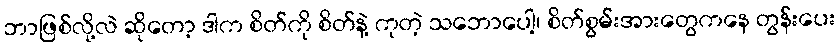
ဘာဖြစ်လို့လဲ ဆိုတော့ ဒါက စိတ်ကို စိတ်နဲ့ ကုတဲ့ သဘောပေါ့၊ စိတ်စွမ်းအားတွေကနေ တွန်းပေး